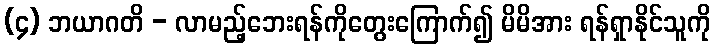
(၄) ဘယာဂတိ - လာမည့်ဘေးရန်ကိုတွေးကြောက်၍ မိမိအား ရန်ရှာနိုင်သူကို